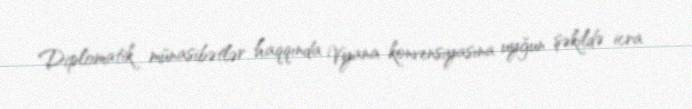
Diplomatik münasibətlər haqqında Vyana konvensiyasına uyğun şəkildə icra